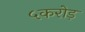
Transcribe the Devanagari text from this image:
५करोड़